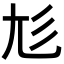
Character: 𡯎